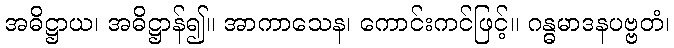
အဓိဋ္ဌာယ၊ အဓိဋ္ဌာန်၍။ အာကာသေန၊ ကောင်းကင်ဖြင့်။ ဂန္ဓမာဒနပဗ္ဗတံ၊